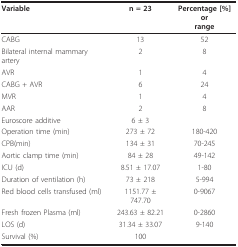
| Variable | n = 23 | Percentage [%] orrange |
 | --- | --- | --- |
 | CABG | 13 | 52 |
 | Bilateral internal mammary artery | 2 | 8 |
 | AVR | 1 | 4 |
 | CABG + AVR | 6 | 24 |
 | MVR | 1 | 4 |
 | AAR | 2 | 8 |
 | Euroscore additive | 6 ± 3 |  |
 | Operation time (min) | 273 ± 72 | 180-420 |
 | CPB(min) | 134 ± 31 | 70-245 |
 | Aortic clamp time (min) | 84 ± 28 | 49-142 |
 | ICU (d) | 8.51 ± 17.07 | 1-80 |
 | Duration of ventilation (h) | 73 ± 218 | 5-994 |
 | Red blood cells transfused (ml) | 1151.77 ± 747.70 | 0-9067 |
 | Fresh frozen Plasma (ml) | 243.63 ± 82.21 | 0-2860 |
 | LOS (d) | 31.34 ± 33.07 | 9-140 |
 | Survival (%) | 100 |  |